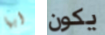
أيها يكون